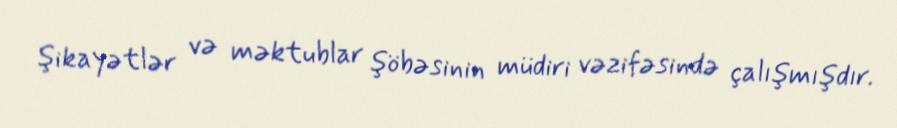
şikayətlər və məktublar şöbəsinin müdiri vəzifəsində çalışmışdır.